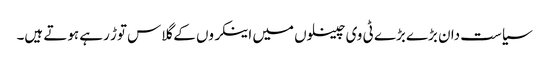
سیاست دان بڑے بڑے ٹی وی چینلوں میں اینکروں کے گلاس توڑ رہے ہوتے ہیں۔